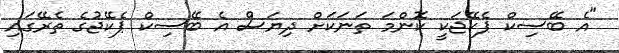
"އެ ބޭސިކް ޕެކޭޖަކީ ކޮންމަ ތަނަކަށް ދިޔަސް އެ ބޭސިކް ޕެކޭޖުގެ ތެރޭގައި